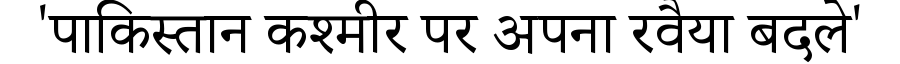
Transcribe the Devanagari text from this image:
'पाकिस्तान कश्मीर पर अपना रवैया बदले'